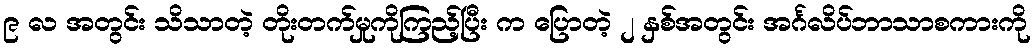
၉ လ အတွင်း သိသာတဲ့ တိုးတက်မှုကိုကြည့်ပြီး က ပြောတဲ့ ၂ နှစ်အတွင်း အင်္ဂလိပ်ဘာသာစကားကို